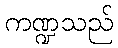
ကဏ္ဍသည်